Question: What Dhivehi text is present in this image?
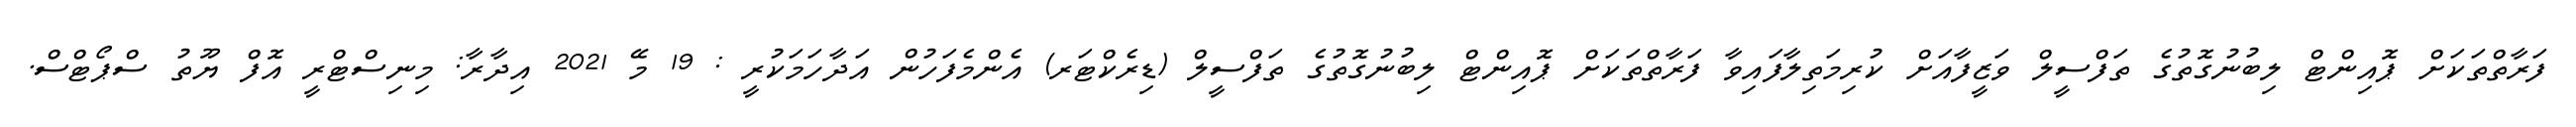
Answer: ފަރާތްތަކަށް ޕޮއިންޓް ލިބުނުގޮތުގެ ތަފްސީލް ވަޒީފާއަށް ކުރިމަތިލާފައިވާ ފަރާތްތަކަށް ޕޮއިންޓް ލިބުނުގޮތުގެ ތަފްސީލް (ޑިރެކްޓަރ) އެންމެފަހުން އަދާހަމަކުރީ : 19 މޭ 2021 އިދާރާ: މިނިސްޓްރީ އޮފް ޔޫތު ސްޕޯޓްސް.